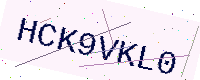
Text: HCK9VKL0